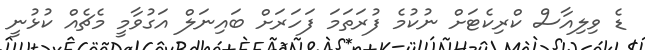
ޑެ ވިލިއާސް ކްރިކެޓަށް ނުކުމެ ފުރަތަމަ ފަހަރަށް ބައިނަލް އަގުވާމީ މެޗެއް ކުޅުނީ